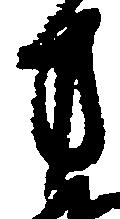
方